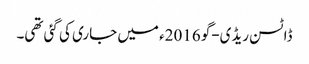
ڈاٹسن ریڈی-گو 2016ء میں جاری کی گئی تھی۔